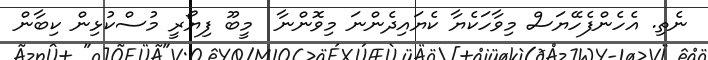
ނެތި. އެހެންފެހޭޔަސް މިވާހަކެޔާ ކެޔައިދެންނަ މިވޮންނާ  މީބޫ ފިޔޯރީ މުސްކުޅިން ކިބާން